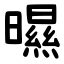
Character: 㬤